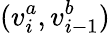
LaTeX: (v_{i}^{a},v_{i-1}^{b})